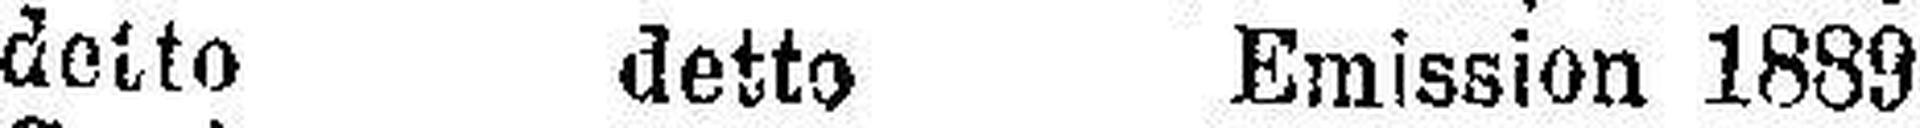
detto detto Emission 1889